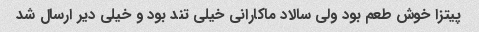
پیتزا خوش طعم بود ولی سالاد ماکارانی خیلی تند بود و خیلی دیر ارسال شد